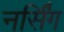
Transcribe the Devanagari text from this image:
नर्सि॑ग